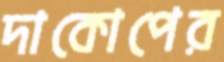
দাকোপের